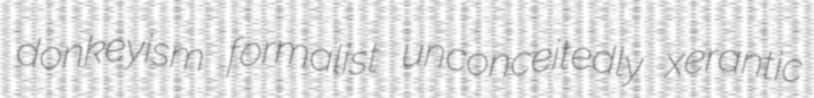
donkeyism formalist unconceitedly xerantic